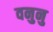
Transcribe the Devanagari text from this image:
वनुनु